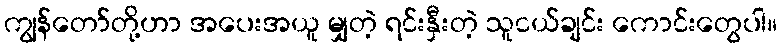
ကျွန်တော်တို့ဟာ အပေးအယူ မျှတဲ့ ရင်းနှီးတဲ့ သူငယ်ချင်း ကောင်းတွေပါ။